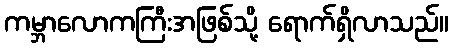
ကမ္ဘာလောကကြီးအဖြစ်သို့ ရောက်ရှိလာသည်။